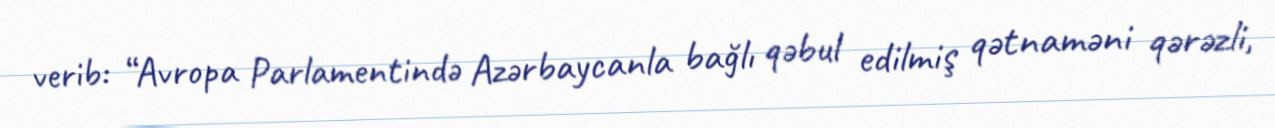
verib: “Avropa Parlamentində Azərbaycanla bağlı qəbul edilmiş qətnaməni qərəzli,